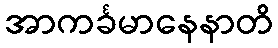
အာကင်္ခမာနေနာတိ